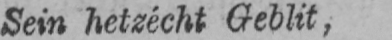
Sein hetzécht Geblit,